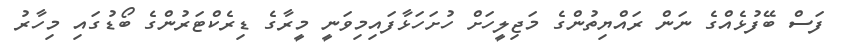
ފަސް ބޭފުޅެއްގެ ނަން ރައްޔިތުންގެ މަޖިލީހަށް ހުށަހަޅާފައިމިވަނީ މީރާގެ ޑިރެކްޓަރުންގެ ބޯޑުގައި މިހާރު